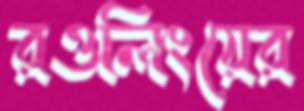
রওলিংয়ের